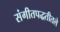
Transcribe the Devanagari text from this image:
संगीतपद्धतीतले